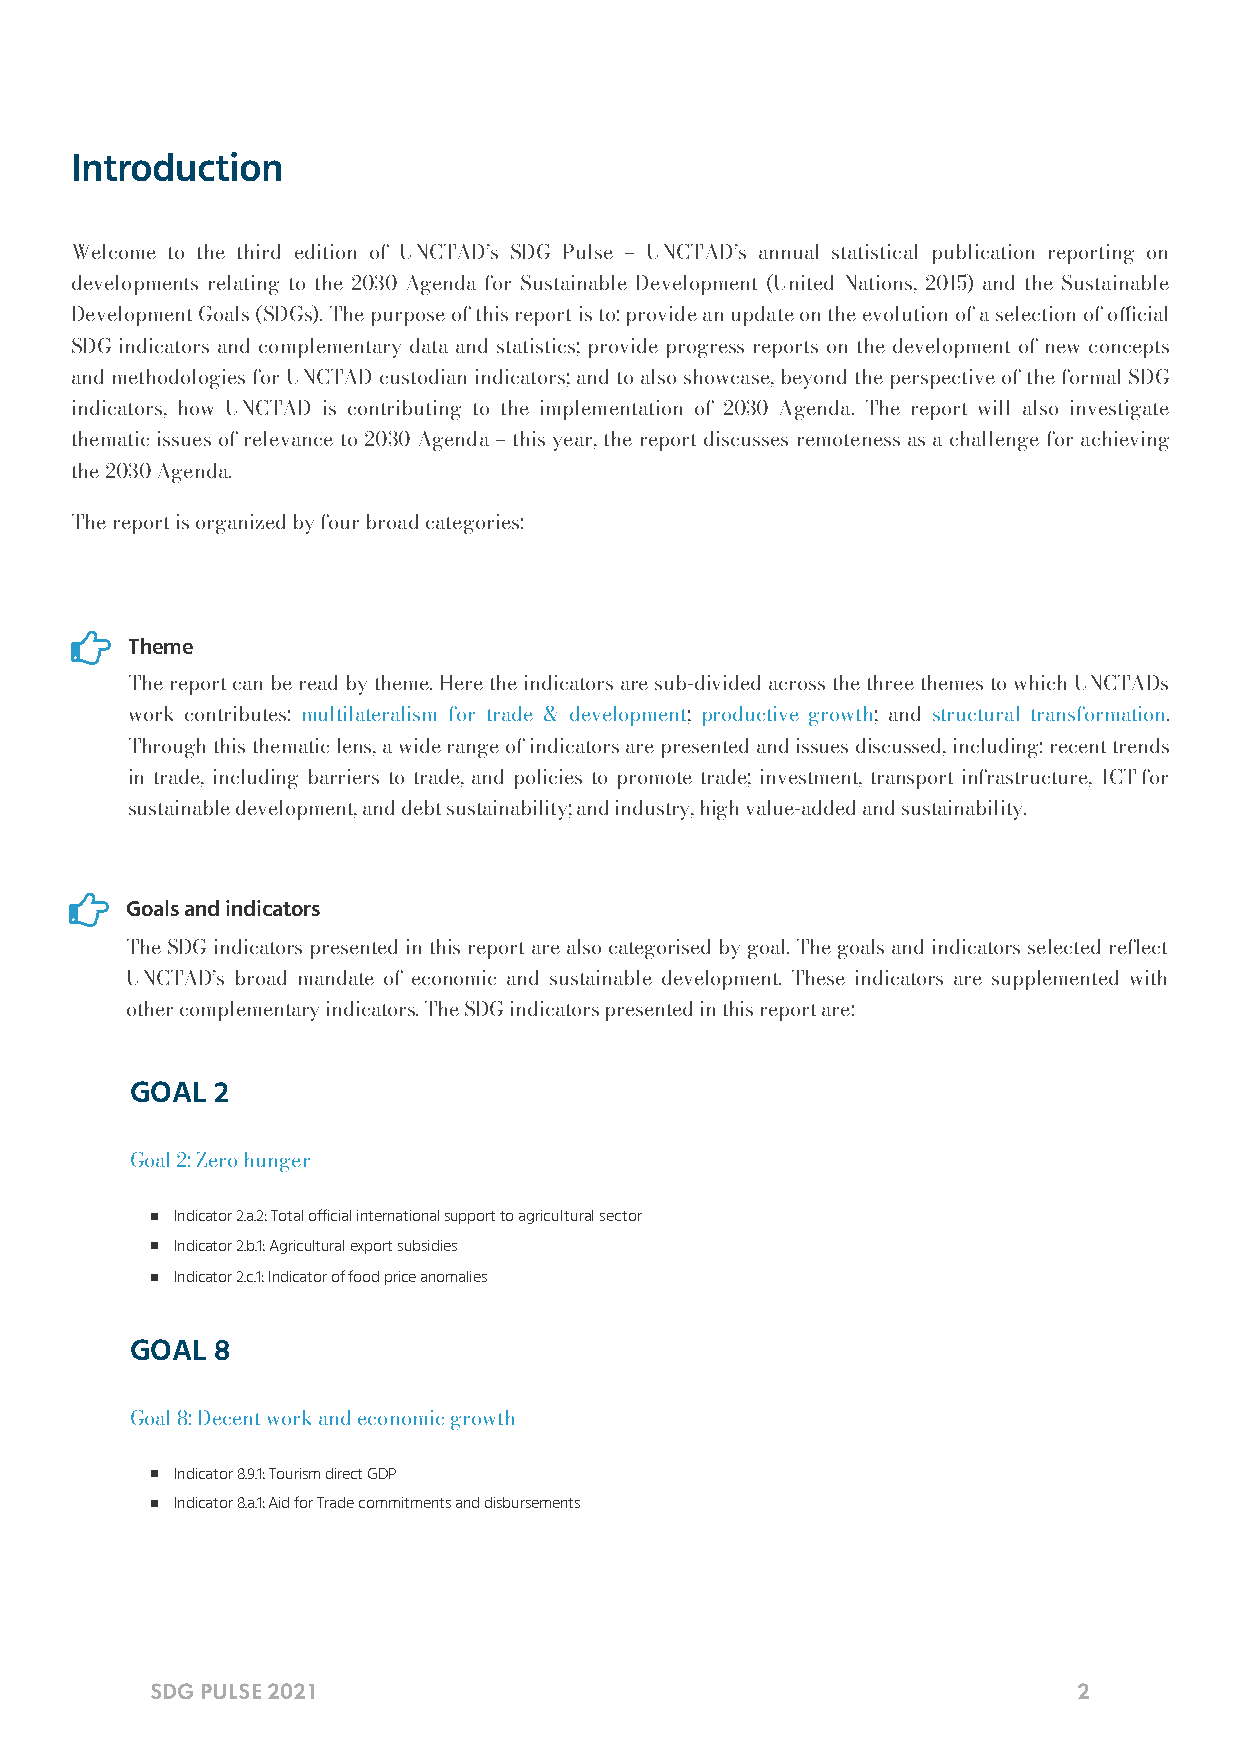
Introduction
 Welcome to the third edition of UNCTAD’s SDG Pulse – UNCTAD’s annual statistical publication reporting on
 developments relating to the 2030 Agenda for Sustainable Development (United Nations, 2015) and the Sustainable
 Development Goals (SDGs). The purpose of this report is to: provide an update on the evolution of a selection of ocial
 SDG indicators and complementary data and statistics; provide progress reports on the development of new concepts
 and methodologies for UNCTAD custodian indicators; and to also showcase, beyond the perspective of the formal SDG
 indicators, how UNCTAD is contributing to the implementation of 2030 Agenda. The report will also investigate
 thematic issues of relevance to 2030 Agenda – this year, the report discusses remoteness as a challenge for achieving
 the 2030 Agenda.
 The report is organized by four broad categories:
 
 Theme
 The report can be read by theme. Here the indicators are sub-divided across the three themes to which UNCTADs
 work contributes: multilateralism for trade & development; productive growth; and structural transformation.
 Through this thematic lens, a wide range of indicators are presented and issues discussed, including: recent trends
 in trade, including barriers to trade, and policies to promote trade; investment, transport infrastructure, ICT for
 sustainable development, and debt sustainability; and industry, high value-added and sustainability.
 
 Goals and indicators
 The SDG indicators presented in this report are also categorised by goal. The goals and indicators selected reflect
 UNCTAD’s broad mandate of economic and sustainable development. These indicators are supplemented with
 other complementary indicators. The SDG indicators presented in this report are:
 GOAL 2
 Goal 2: Zero hunger
 Indicator 2.a.2: Total official international support to agricultural sector
 Indicator 2.b.1: Agricultural export subsidies
 Indicator 2.c.1: Indicator of food price anomalies
 GOAL 8
 Goal 8: Decent work and economic growth
 Indicator 8.9.1: Tourism direct GDP
 Indicator 8.a.1: Aid for Trade commitments and disbursements
 SDG PULSE 2021                                               2